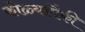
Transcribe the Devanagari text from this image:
कोळ्यांपैकी